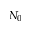
N _ { 0 }